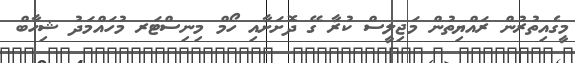
މީގެއިތުރުން ރައްޔިތުން މަޖިލީސް ކުރާ ގޭ ދޮށަށާއި ހޯމް މިނިސްޓަރ މުހައްމަދު ޝިހާބް